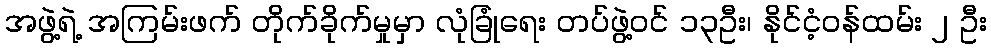
အဖွဲ့ရဲ့ အကြမ်းဖက် တိုက်ခိုက်မှုမှာ လုံခြုံရေး တပ်ဖွဲ့ဝင် ၁၃ဦး၊ နိုင်ငံ့ဝန်ထမ်း ၂ ဦး